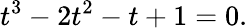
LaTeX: t^{3}-2t^{2}-t+1=0.